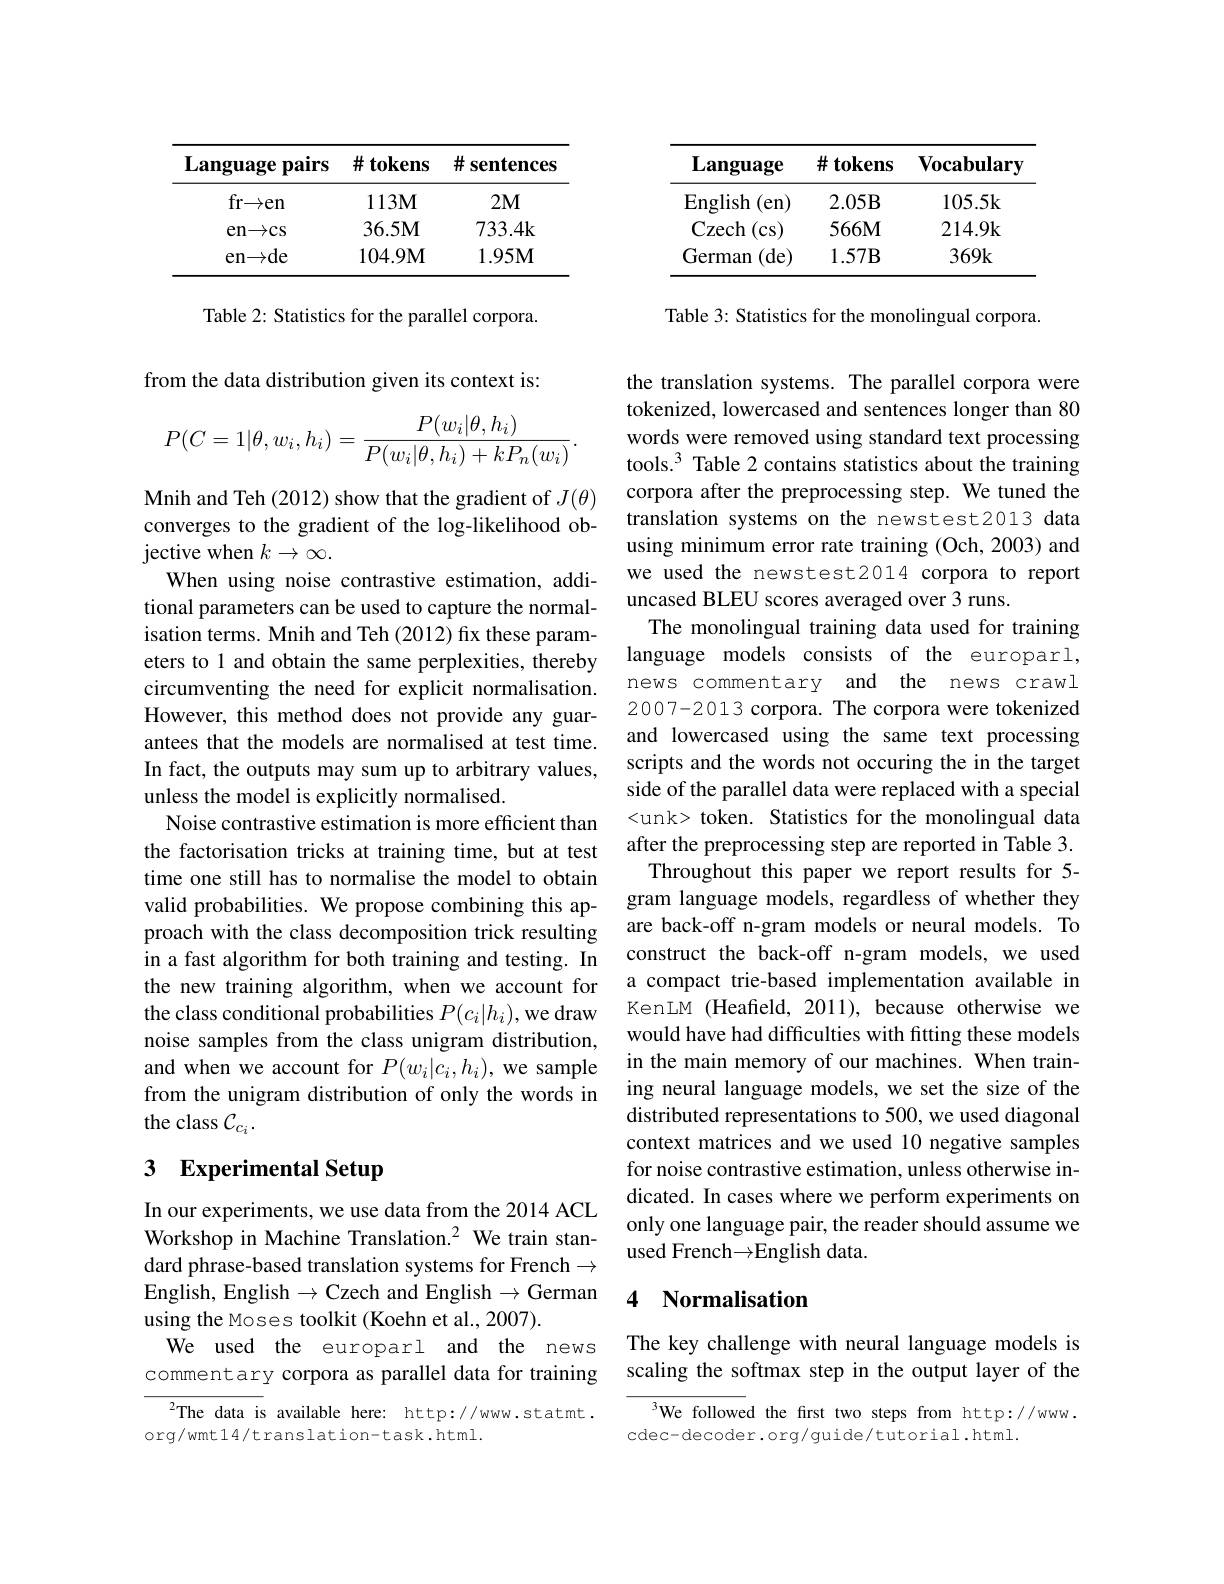
<table>
	<tbody>
		<tr>
			<th>Language pairs</th>
			<th>$\#$ tokens 112</th>
			<th>井 sentences 1</th>
		</tr>
		<tr>
			<td>fr$\to$en</td>
			<td>$113\mathbf{M}$</td>
			<td>$2M$</td>
		</tr>
		<tr>
			<td>$\operatorname{en}\to\operatorname{cs}$</td>
			<td>36.5M</td>
			<td>733.4k</td>
		</tr>
		<tr>
			<td>en${\rightarrow }$de</td>
			<td>$104.9\mathbf{M}$</td>
			<td>1.95M</td>
		</tr>
	</tbody>
</table>

Table 2: Statistics for the parallel corpora.

from the data distribution given its context is:
$$P(C=1|\theta,w_i,h_i)=\frac{P(w_i|\theta,h_i)}{P(w_i|\theta,h_i)+kP_n(w_i)}.$$
Mnih and Teh (2012) show that the gradient of $J(\theta)$ converges to the gradient of the log-likelihood objective when $k\to\infty.$
When using noise contrastive estimation, additional parameters can be used to capture the normalisation terms. Mnih and Teh (2012) fx these parameters to 1 and obtain the same perplexities, thereby circumventing the need for explicit normalisation. However, this method does not provide any guarantees that the models are normalised at test time. In fact, the outputs may sum up to arbitrary values, unless the model is explicitly normalised.
Noise contrastive estimation is more efficient than the factorisation tricks at training time, but at test time one still has to normalise the model to obtain valid probabilities. We propose combining this approach with the class decomposition trick resulting in a fast algorithm for both training and testing. In the new training algorithm, when we account for the class conditional probabilities $P(c_i|h_i)$,we draw noise samples from the class unigram distribution, and when we account for $P(w_i|c_i,h_i)$, we sample from the unigram distribution of only the words in the class $\mathcal{C}_{c_i}.$

# 3 Experimental Setup

In our experiments, we use data from the 2014 ACL Workshop in Machine Translation.$^{2}$ We train standard phrase-based translation systems for French $\to$ English, English $\to$Czech and English $\to$German using the Moses toolkit (Koehn et al., 2007).
We used the europarl and the news commentary corpora as parallel data for training

$^{2}$The data is available here: http://www.statmt.
org/wmt14/translation-task.html.

<table>
	<tbody>
		<tr>
			<th>Language</th>
			<th>$\#$ tokens</th>
			<th>Vocabulary</th>
		</tr>
		<tr>
			<td>English (en)</td>
			<td>$2.05B$</td>
			<td>105.5k</td>
		</tr>
		<tr>
			<td>Czech (cs)</td>
			<td>$566M$</td>
			<td>214.9k</td>
		</tr>
		<tr>
			<td>German (de)</td>
			<td>$1.57B$</td>
			<td>369k</td>
		</tr>
	</tbody>
</table>

Table 3: Statistics for the monolingual corpora.

the translation systems. The parallel corpora were tokenized, lowercased and sentences longer than 80 words were removed using standard text processing tools.$^3$ Table 2 contains statistics about the training corpora after the preprocessing step. We tuned the translation systems on the newstest2013 data using minimum error rate training (Och, 2003) and we used the newstest2014 corpora to report uncased BLEU scores averaged over 3 runs.
The monolingual training data used for training language models consists of the europarl, news commentary and the news crawl 2007-2013 corpora. The corpora were tokenized and lowercased using the same text processing scripts and the words not occuring the in the target side of the parallel data were replaced with a special <unk> token. Statistics for the monolingual data after the preprocessing step are reported in Table 3.
Throughout this paper we report results for 5- gram language models, regardless of whether they are back-off n-gram models or neural models. To construct the back-off n-gram models, we used a compact trie-based implementation available in KenLM (Heafield, 2011), because otherwise we would have had difficulties with fitting these models in the main memory of our machines. When training neural language models, we set the size of the distributed representations to 500, we used diagonal context matrices and we used 10 negative samples for noise contrastive estimation, unless otherwise indicated. In cases where we perform experiments on only one language pair, the reader should assume we used French$\to$English data.

## 4 Normalisation

# The key challenge with neural language models is scaling the softmax step in the output layer of the

$^{3}$We followed the first two steps from http://www.
cdec- decoder. org/ guide/ tutorial. html.